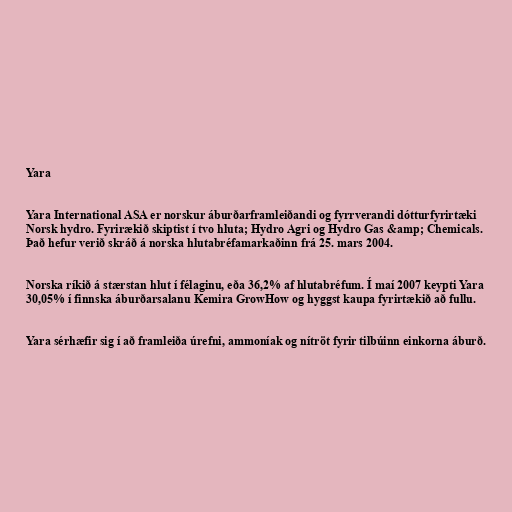
Yara

Yara International ASA er norskur áburðarframleiðandi og fyrrverandi dótturfyrirtæki
Norsk hydro. Fyrirækið skiptist í tvo hluta; Hydro Agri og Hydro Gas &amp; Chemicals.
Það hefur verið skráð á norska hlutabréfamarkaðinn frá 25. mars 2004.

Norska ríkið á stærstan hlut í félaginu, eða 36,2% af hlutabréfum. Í maí 2007 keypti Yara
30,05% í finnska áburðarsalanu Kemira GrowHow og hyggst kaupa fyrirtækið að fullu.

Yara sérhæfir sig í að framleiða úrefni, ammoníak og nítröt fyrir tilbúinn einkorna áburð.